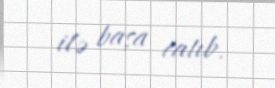
ilə başa catıb.